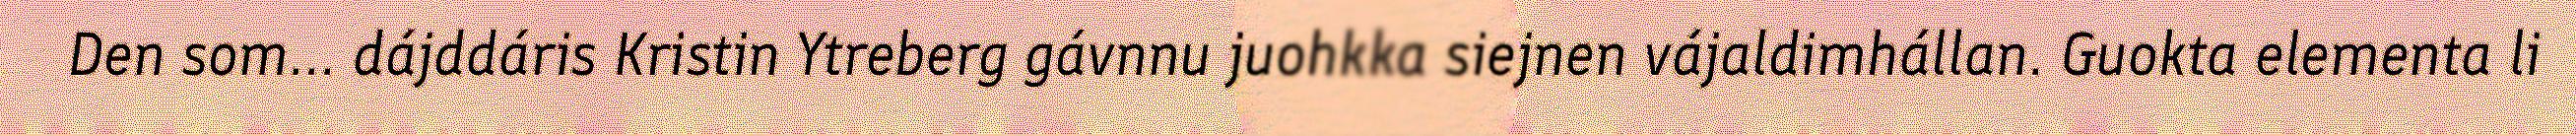
Den som... dájddáris Kristin Ytreberg gávnnu juohkka siejnen vájaldimhállan. Guokta elementa li